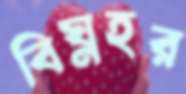
বিঘ্নহর